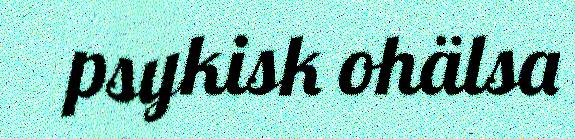
psykisk ohälsa